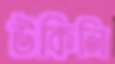
উকিলি